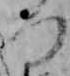
つ